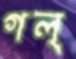
গল্